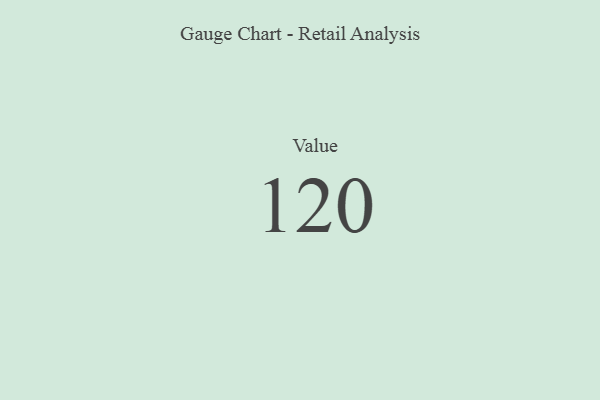
{"axis": {"x": "Metric", "y": "Value"}, "legend": [""], "data": [{"x": "Value", "y": 120, "type": ""}]}